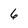
Character: 6